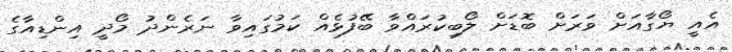
އެއީ ޔޯގާއަށް ވަރަށް ބޮޑަށް ލޯބިކުރައްވާ ބޭފުޅެއް ކަމުގައިވާ ނަރެންދު މޯދީ އިންޑިއާގެ